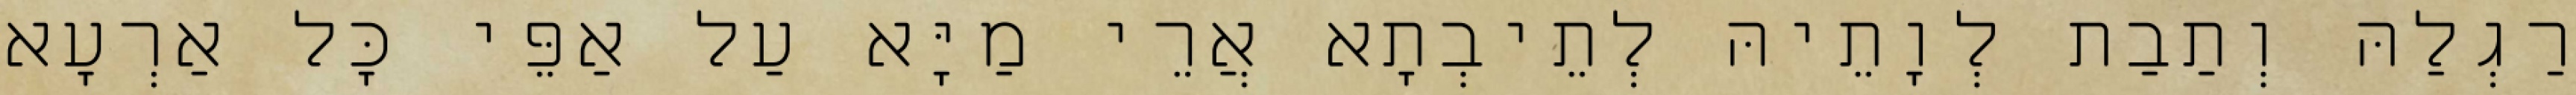
רַגְלַהּ וְתַבַת לְוָתֵיהּ לְתֵיבְתָא אֲרֵי מַיָּא עַל אַפֵּי כָּל אַרְעָא